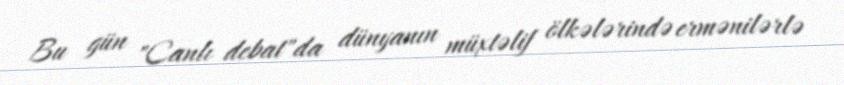
Bu gün "Canlı debat"da dünyanın müxtəlif ölkələrində ermənilərlə